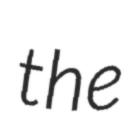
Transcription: the